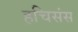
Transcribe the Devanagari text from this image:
हचिसंस